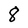
Character: 8